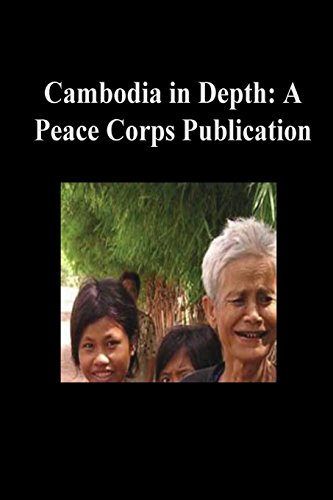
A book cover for Cambodia in Depth: A Peace Corps Publication; Peace Corps; Travel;